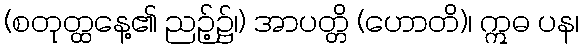
(စတုတ္ထနေ့၏ ညဉ့်၌၊) အာပတ္တိ (ဟောတိ)၊ ဣဓ ပန၊